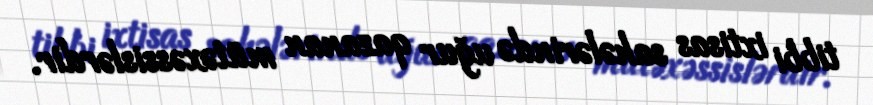
tibbi ixtisas sahələrində uğur qazanan mütəxəssislərdir.